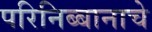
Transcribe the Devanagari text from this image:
परिनिब्बानाचे